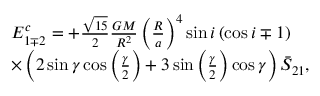
\begin{array} { r l } & { E _ { 1 \mp 2 } ^ { c } = + \frac { \sqrt { 1 5 } } { 2 } \frac { G M } { R ^ { 2 } } \left( \frac { R } { a } \right) ^ { 4 } \sin i \left( \cos i \mp 1 \right) } \\ & { \times \left( 2 \sin \gamma \cos \left( \frac { \gamma } { 2 } \right) + 3 \sin \left( \frac { \gamma } { 2 } \right) \cos \gamma \right) \bar { S } _ { 2 1 } , } \end{array}